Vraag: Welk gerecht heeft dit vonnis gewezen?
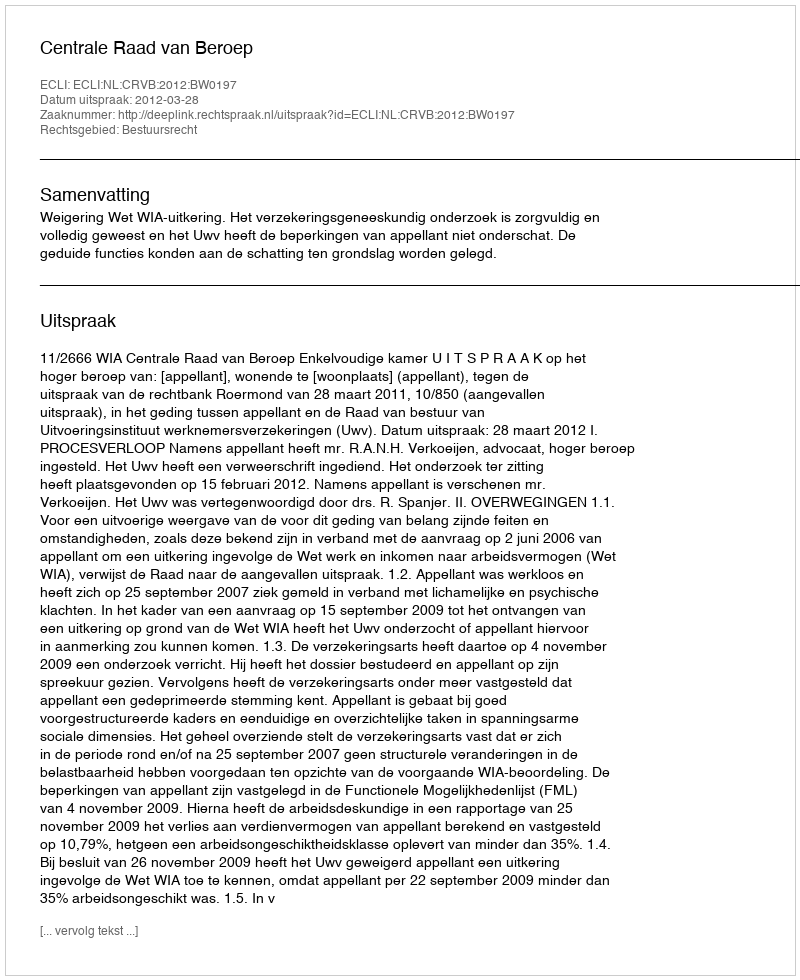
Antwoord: Centrale Raad van Beroep